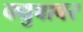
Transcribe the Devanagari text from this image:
क्युबावर